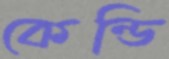
কেন্ডি